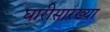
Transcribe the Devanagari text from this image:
घारीसारख्या